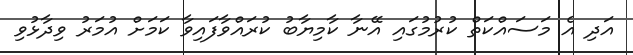
އަދި އެ މަސައްކަތް ކުރުމުގައި އޭނާ ކާމިޔާބު ކުރައްވާފައިވާ ކަމަށް އުމަރު ވިދާޅުވި